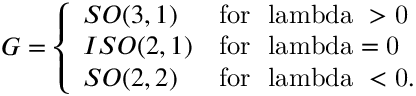
G = \left\{ \begin{array} { l l } { { S O ( 3 , 1 ) } } & { { \mathrm { f o r ~ \ l a m b d a ~ > 0 ~ } } } \\ { { I S O ( 2 , 1 ) } } & { { \mathrm { f o r ~ \ l a m b d a = 0 ~ } } } \\ { { S O ( 2 , 2 ) } } & { { \mathrm { f o r ~ \ l a m b d a ~ < 0 . ~ } } } \end{array} \right.